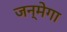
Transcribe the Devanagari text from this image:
जन्मेगा